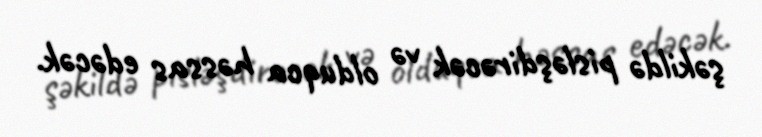
şəkildə pisləşdirəcək və olduqca həssas edəcək.